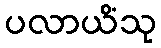
ပလာယိံသု